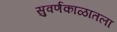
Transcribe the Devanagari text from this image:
सुवर्णकाळातला